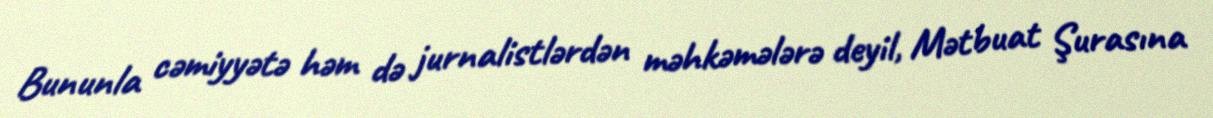
Bununla cəmiyyətə həm də jurnalistlərdən məhkəmələrə deyil, Mətbuat Şurasına